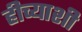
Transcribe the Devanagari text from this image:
हीच्याशी